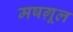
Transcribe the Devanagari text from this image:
मषग़ूल